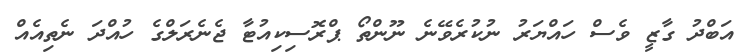
އަބްދު ގާޒީ ވެސް ހައްޔަރު ނުކުރެވޭނެ ނޫންތޯ ޕްރޮސިކިއުޓާ ޖެނެރަލްގެ ހުއްދަ ނެތިއެއް